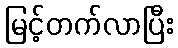
မြင့်တက်လာပြီး